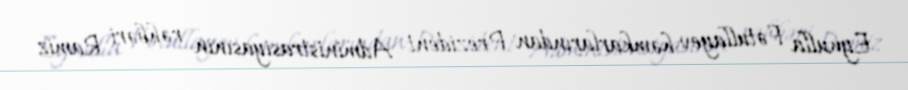
Eynulla Fətullayev həmkarlarından Prezident Administrasiyasının rəhbəri Ramiz